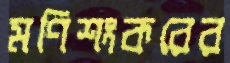
মণিশংকরের